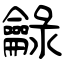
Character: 龣